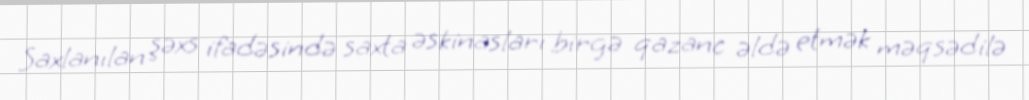
Saxlanılan şəxs ifadəsində saxta əskinasları birgə qazanc əldə etmək məqsədilə